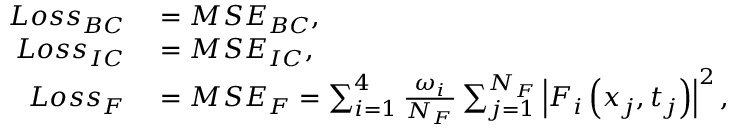
\begin{array} { r l } { L o s s _ { B C } } & { { } = M S E _ { B C } , } \\ { L o s s _ { I C } } & { { } = M S E _ { I C } , } \\ { L o s s _ { F } } & { { } = M S E _ { F } = \sum _ { i = 1 } ^ { 4 } \frac { \omega _ { i } } { N _ { F } } \sum _ { j = 1 } ^ { N _ { F } } \left| F _ { i } \left( x _ { j } , t _ { j } \right) \right| ^ { 2 } , } \end{array}